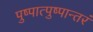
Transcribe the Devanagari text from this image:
पुष्पात्पुष्पान्तरं